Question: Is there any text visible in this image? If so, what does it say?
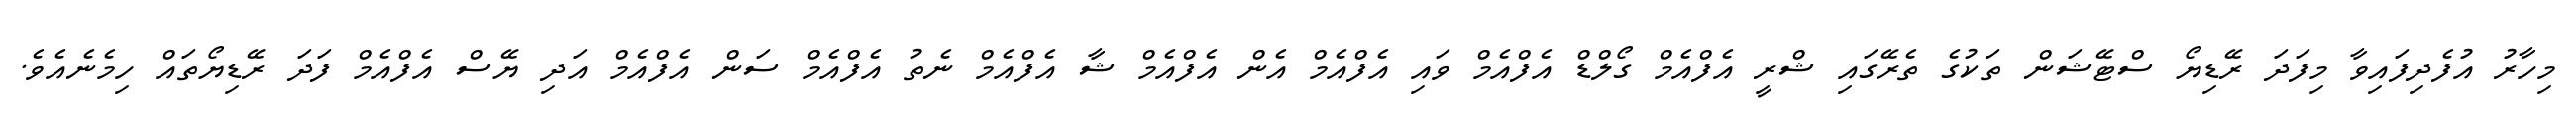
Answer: މިހާރު އުފެދިފައިވާ މިފަދަ ރޭޑިޔޯ ސްޓޭޝަން ތަކުގެ ތެރޭގައި ޝްރީ އެފްއެމް ގޯލްޑް އެފްއެމް ވައި އެފްއެމް އެން އެފްއެމް ޝާ އެފްއެމް ނެތު އެފްއެމް ސަން އެފްއެމް އަދި ޔޭސް އެފްއެމް ފަދަ ރޭޑިޔޯތައް ހިމެނެއެވެ.